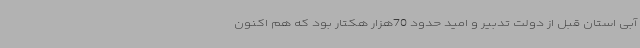
آبی استان قبل از دولت تدبیر و امید حدود 70هزار هکتار بود که هم اکنون